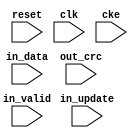

// ---------------------------------------------------------------------------
//  Jelly  -- The platform for real-time computing
//   reciprocal
//
//                                 Copyright (C) 2008-2022 by Ryuji Fuchikami
//                                 https://github.com/ryuz/jelly.git
// ---------------------------------------------------------------------------



`timescale 1ns / 1ps
`default_nettype none



// CRC
module jelly_calc_crc
        #(
            parameter   DATA_WIDTH      = 8,
            parameter   CRC_WIDTH       = 32,
            parameter   REPRESENTATIONS = 32'hEDB88320
        )
        (
            input   wire                        reset,
            input   wire                        clk,
            input   wire                        cke,

            input   wire                        in_update,
            input   wire    [DATA_WIDTH-1:0]    in_data,
            input   wire                        in_valid,
            
            input   wire    [CRC_WIDTH-1:0]     out_crc
        );
    
    localparam TABLE_SIZE = (1 << DATA_WIDTH);

    reg     [CRC_WIDTH-1:0]     crc_table[0:TABLE_SIZE-1];

    integer                     i, j;
    reg     [CRC_WIDTH-1:0]     c;

    initial begin
        for ( i = 0; i < TABLE_SIZE; i = i+1 ) begin
            c = i;
            for ( j = 0; j < DATA_WIDTH; j = j+1 ) begin
                c = (c & 1) ? (REPRESENTATIONS ^ (c >> 1)) : (c >> 1);
            end
        end
        crc_table[i] = c;
    end

    reg     [CRC_WIDTH-1:0]     reg_crc;
    reg     [CRC_WIDTH-1:0]     tmp_crc;
    reg     [DATA_WIDTH-1:0]    tmp_index;

    always @(posedge clk) begin
        if ( reset ) begin
            reg_crc <= {CRC_WIDTH{1'b1}};
        end
        else if ( cke ) begin
            if ( in_valid ) begin
                tmp_crc    = in_update ? reg_crc : {CRC_WIDTH{1'b1}};
                tmp_index  = tmp_crc ^ in_data;
                reg_crc   <= crc_table[tmp_index] ^ (tmp_crc >> DATA_WIDTH);
            end
        end
    end

    assign out_crc = ~reg_crc;
    
endmodule


`default_nettype wire


// end of file